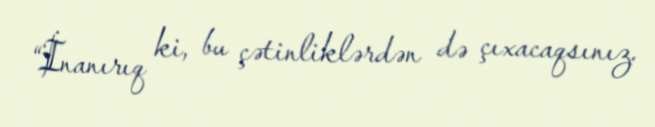
“İnanırıq ki, bu çətinliklərdən də çıxacaqsınız.